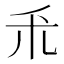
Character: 𫀦